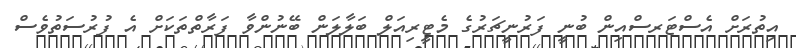
އިތުރަށް އެސްޓަރސްއިން ބުނީ ފަރުނީޗަރުގެ މެޓީރިއަލް ބަލާލަން ބޭނުންވާ ފަރާތްތަކަށް އެ ފުރުސަތުވެސް